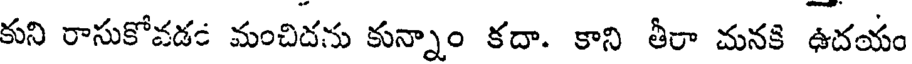
కుని రాసుకోవడం మంచిదను కున్నాం కదా. కాని తీరా మనకి ఉదయం